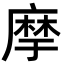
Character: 𢊢